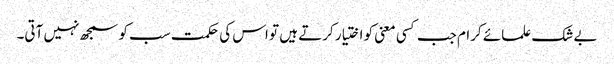
بے شک علمائے کرام جب کسی معنی کو اختیار کرتے ہیں تو اس کی حکمت سب کو سمجھ نہیں آتی۔